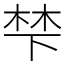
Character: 梺